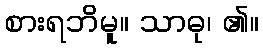
စားရဘိမူ။ သာဓု၊ ၏။